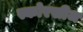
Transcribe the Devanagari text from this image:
स्कोरसीज